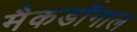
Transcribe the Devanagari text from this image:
मैकडॉगाल